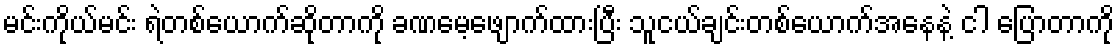
မင်းကိုယ်မင်း ရဲတစ်ယောက်ဆိုတာကို ခဏမေ့ဖျောက်ထားပြီး သူငယ်ချင်းတစ်ယောက်အနေနဲ့ ငါ ပြောတာကို